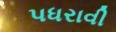
પધરાવી